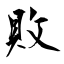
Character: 敗